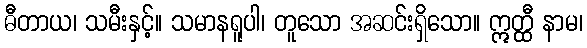
ဓီတာယ၊ သမီးနှင့်။ သမာနရူပါ၊ တူသော အဆင်းရှိသော။ ဣတ္ထီ နာမ၊